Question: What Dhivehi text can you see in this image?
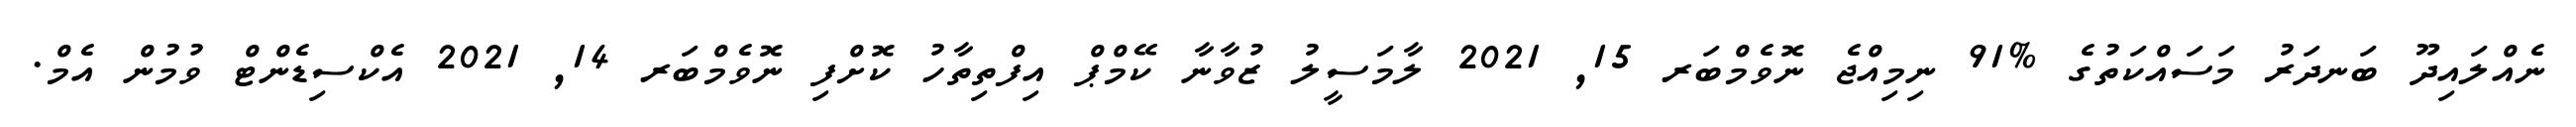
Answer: ނެއްލައިދޫ ބަނދަރު މަސައްކަތުގެ %91 ނިމިއްޖެ ނޮވެމްބަރ 15, 2021 ލާމަސީލު ޒުވާނާ ކޭމްޕް އިފްތިތާހު ކޮށްފި ނޮވެމްބަރ 14, 2021 އެކްސިޑެންޓް ވުމުން އެމް.